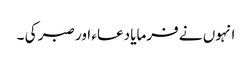
انہوں نے فرمایا دعاء اور صبر کی ۔